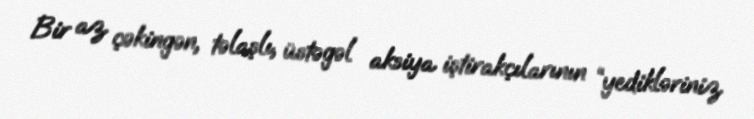
Bir az çəkingən, təlaşlı, üstəgəl aksiya iştirakçılarının “yedikləriniz